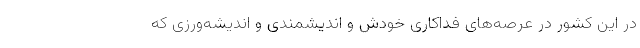
در این کشور در عرصه‌های فداکاری خودش و اندیشمندی و اندیشه‌ورزی که